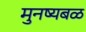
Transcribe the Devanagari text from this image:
मुनष्यबळ